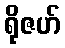
ရိုဇဟ်